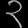
Digit: ၃